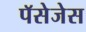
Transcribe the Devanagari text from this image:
पॅसेजेस